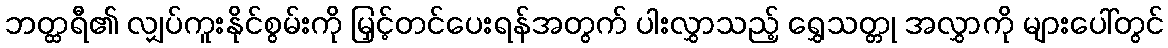
ဘတ္ထရီ၏ လျှပ်ကူးနိုင်စွမ်းကို မြှင့်တင်ပေးရန်အတွက် ပါးလွှာသည့် ရွှေသတ္တု အလွှာကို များပေါ်တွင်